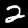
Label: 2